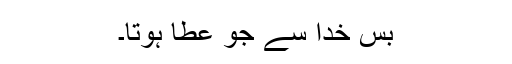
بس خدا سے جو عطا ہوتا۔